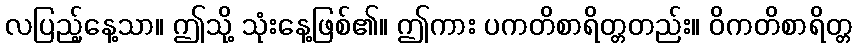
လပြည့်နေ့သာ။ ဤသို့ သုံးနေ့ဖြစ်၏။ ဤကား ပကတိစာရိတ္တတည်း။ ဝိကတိစာရိတ္တ